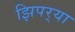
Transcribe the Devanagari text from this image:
झिपर्‍या